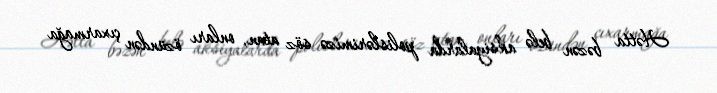
Hətta bəzən belə aksiyalarda polislərimizə söz atan, onları özündən çıxarmağa